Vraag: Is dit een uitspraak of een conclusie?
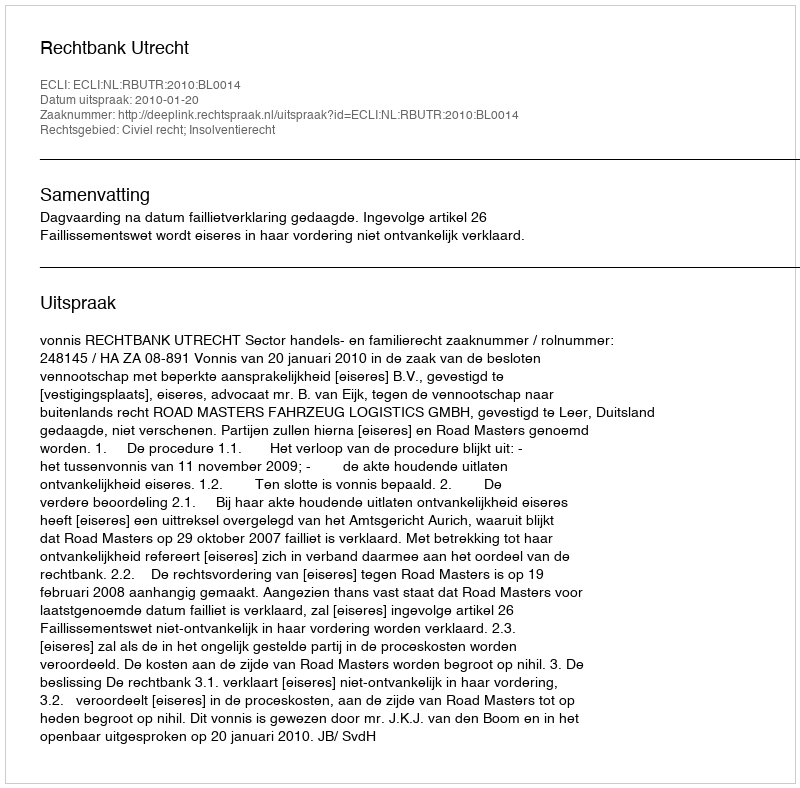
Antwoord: Uitspraak